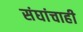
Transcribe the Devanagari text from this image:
संघांचाही